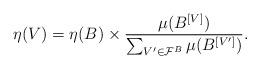
LaTeX: \begin{align*} \eta (V)=\eta (B)\times \frac{\mu(B^{[V]})}{\sum_{V^{\prime} \in \mathcal{F}^{B} }\mu(B^{[V^{\prime}]})} . \end{align*}